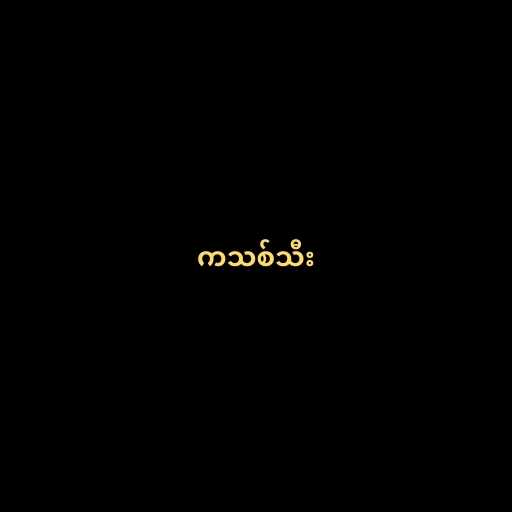
ကသစ်သီး